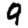
Digit: 9